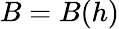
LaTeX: B=B(h)